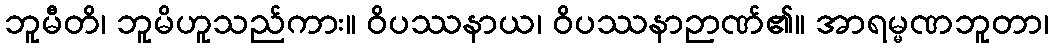
ဘူမီတိ၊ ဘူမိဟူသည်ကား။ ဝိပဿနာယ၊ ဝိပဿနာဉာဏ်၏။ အာရမ္မဏဘူတာ၊